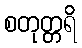
စတုတ္တရိ